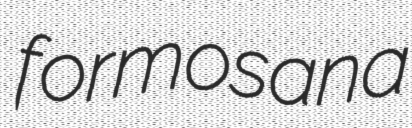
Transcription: formosana